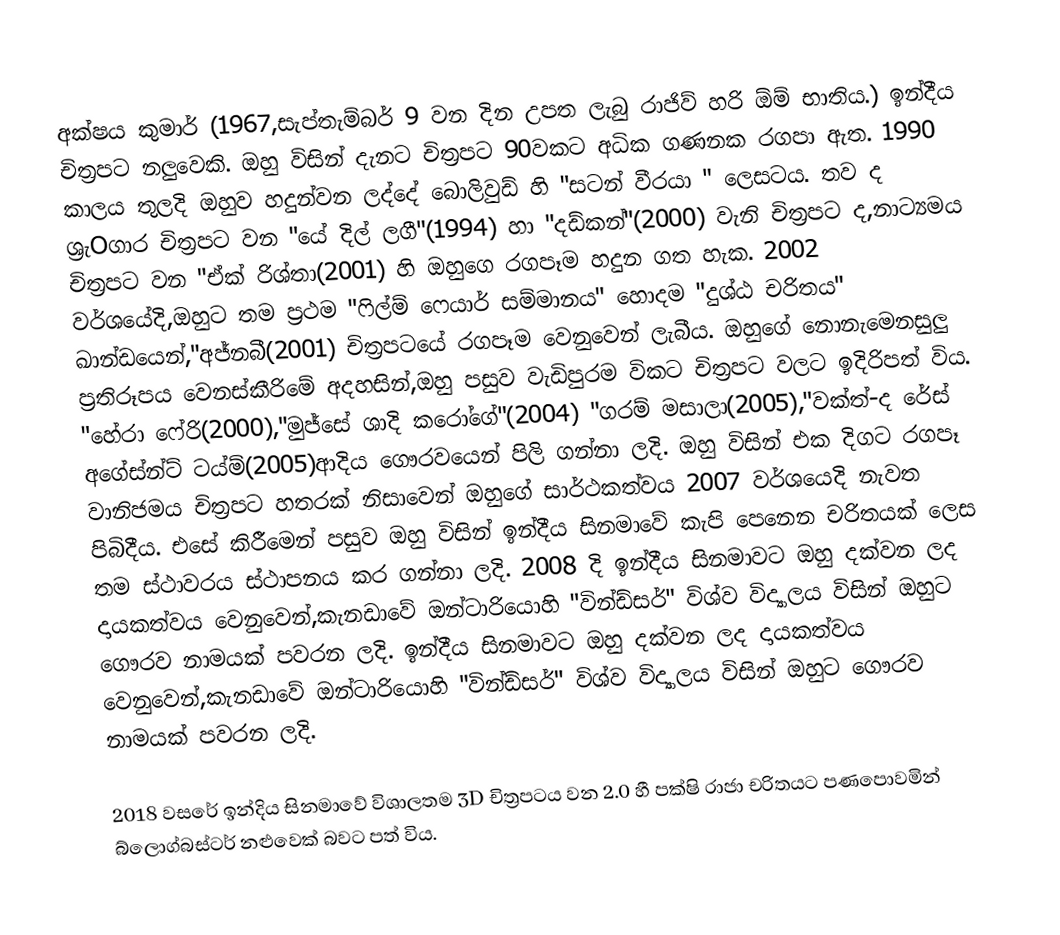
අක්ෂය කුමාර් (1967,සැප්තැම්බර් 9 වන දින උපත ලැබු රාජිව් හරි ඕම් භාතිය.) ඉන්දීය චිත්‍රපට නලුවෙකි. ඔහු විසින් දැනට චිත්‍රපට 90වකට අධික ගණනක රගපා ඇත. 1990 කාලය තුලදි ඔහුව හදුන්වන ලද්දේ බොලිවුඩ් හි "සටන් වීරයා " ලෙසටය. තව ද ශ්‍රැOගාර  චිත්‍රපට වන "යේ දිල් ලගී"(1994) හා "දඩ්කන්"(2000) වැනි චිත්‍රපට ද,නාට්‍යමය චිත්‍රපට වන "ඒක් රිශ්තා(2001) හි ඔහුගෙ රගපෑම හදුන ගත හැක. 2002 වර්ශයේදි,ඔහුට තම ප්‍රථම "ෆිල්ම් ෆෙයාර් සම්මානය"  හොදම "දුශ්ඨ චරිතය" ඛාන්ඩයෙන්,"අජ්නබී(2001) චිත්‍රපටයේ රගපෑම වෙනුවෙන් ලැබීය. ඔහුගේ නොනැමෙනසුලු ප්‍රතිරූපය වෙනස්කීරිමේ අදහසින්,ඔහු පසුව වැඩිපුරම විකට චිත්‍රපට වලට ඉදිරිපත් විය. "හේරා ෆේරි(2000),"මුජ්සේ ශාදි කරෝගේ"(2004) "ගරම් මසාලා(2005),"වක්ත්-ද රේස් අගේස්න්ට් ටය්ම්(2005)ආදිය ගෞරවයෙන් පිලි ගන්නා ලදි. ඔහු විසින් එක දිගට රගපෑ  වානිජමය චිත්‍රපට හතරක් නිසාවෙන් ඔහුගේ සාර්ථකත්වය 2007 වර්ශයෙදි නැවත පිබිදීය. එසේ කිරීමෙන් පසුව ඔහු විසින් ඉන්දීය සිනමාවේ කැපි පෙනෙන චරිතයක් ලෙස තම ස්ථාවරය ස්ථාපනය කර ගන්නා ලදි. 2008 දි ඉන්දීය සිනමාවට ඔහු දක්වන ලද දායකත්වය වෙනුවෙන්,කැනඩාවේ ඔන්ටාරියොහි "වින්ඩ්සර්" විශ්ව විද්‍යාලය විසින් ඔහුට ගෞරව නාමයක් පවරන ලදි. ඉන්දීය සිනමාවට ඔහු දක්වන ලද දායකත්වය වෙනුවෙන්,කැනඩාවේ ඔන්ටාරියොහි "වින්ඩ්සර්" විශ්ව විද්‍යාලය විසින් ඔහුට ගෞරව නාමයක් පවරන ලදි.

2018 වසරේ ඉන්දිය සිනමාවේ විශාලතම 3D චිත්‍රපටය වන 2.0 හී පක්ෂි රාජා චරිතයට පණපොවමින් බ්ලොග්බස්ටර් නළුවෙක් බවට පත් විය.